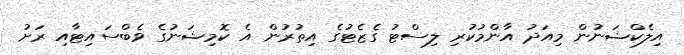
އިލެކްޝަނުން މިއަދު އާންމުކުރި ލިސްޓު ގެޒެޓުގެ އިތުރުން އެ ކޮމިޝަނުގެ ވެބްސައިޓާއި ރަށު